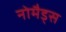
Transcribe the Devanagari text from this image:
नोमैड्स